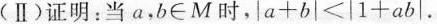
(Ⅱ)证明：当a，b∈M时，a+b|<|1+ab|。